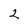
Character: 2